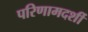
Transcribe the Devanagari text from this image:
परिणामदर्शी